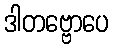
ဒါတဗ္ဗောပေ